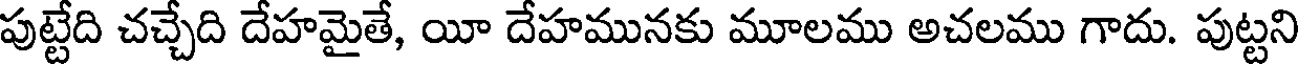
పుట్టేది చచ్చేది దేహమైతే, యీ దేహమునకు మూలము అచలము గాదు. పుట్టని